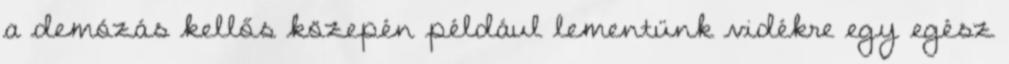
a demózás kellős közepén például lementünk vidékre egy egész